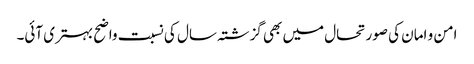
امن و امان کی صورتحال میں بھی گزشتہ سال کی نسبت واضح بہتری آئی۔